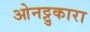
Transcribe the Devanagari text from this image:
ओनट्टुकारा